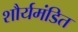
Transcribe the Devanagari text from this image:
शौर्यमंडित